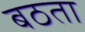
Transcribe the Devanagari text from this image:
बठता